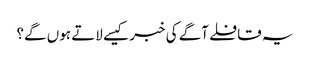
یہ قافلے آگے کی خبر کیسے لاتے ہوں گے؟